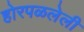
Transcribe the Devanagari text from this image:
होरपळलेली